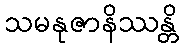
သမနုဇာနိဿန္တိ